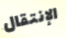
الإنتقال